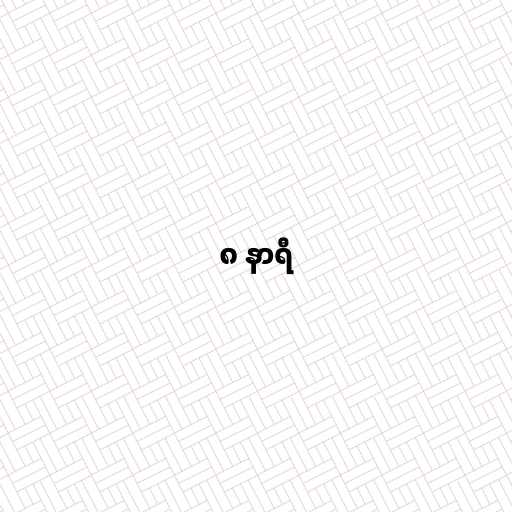
၈ နာရီ